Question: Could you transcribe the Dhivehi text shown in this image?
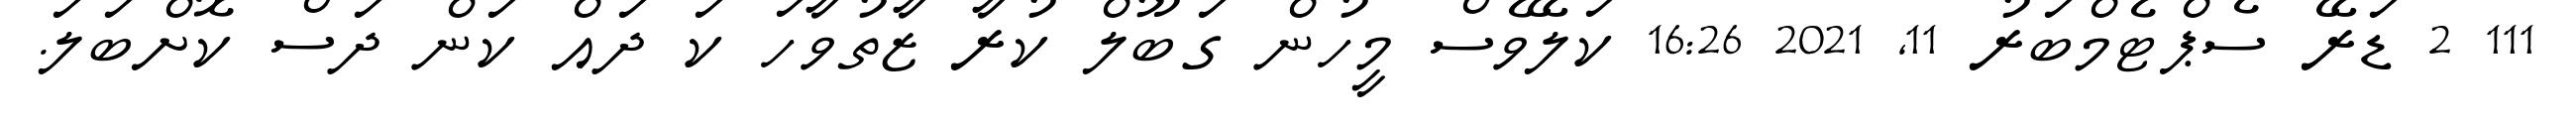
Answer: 111 2 ޑަރޭ ސެޕްޓެމްބަރު 11, 2021 16:26 ކަލޭވެސް މީހުން ގަބޫލް ކުރާ ޒާތުވާހަ ކަ ދައް ކަން ދަސް ކޮށްބަލަ.